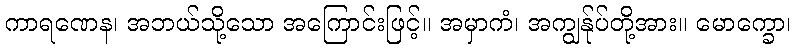
ကာရဏေန၊ အဘယ်သို့သော အကြောင်းဖြင့်။ အမှာကံ၊ အကျွန်ုပ်တို့အား။ မောက္ခော၊